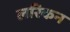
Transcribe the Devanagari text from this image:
लरिकन